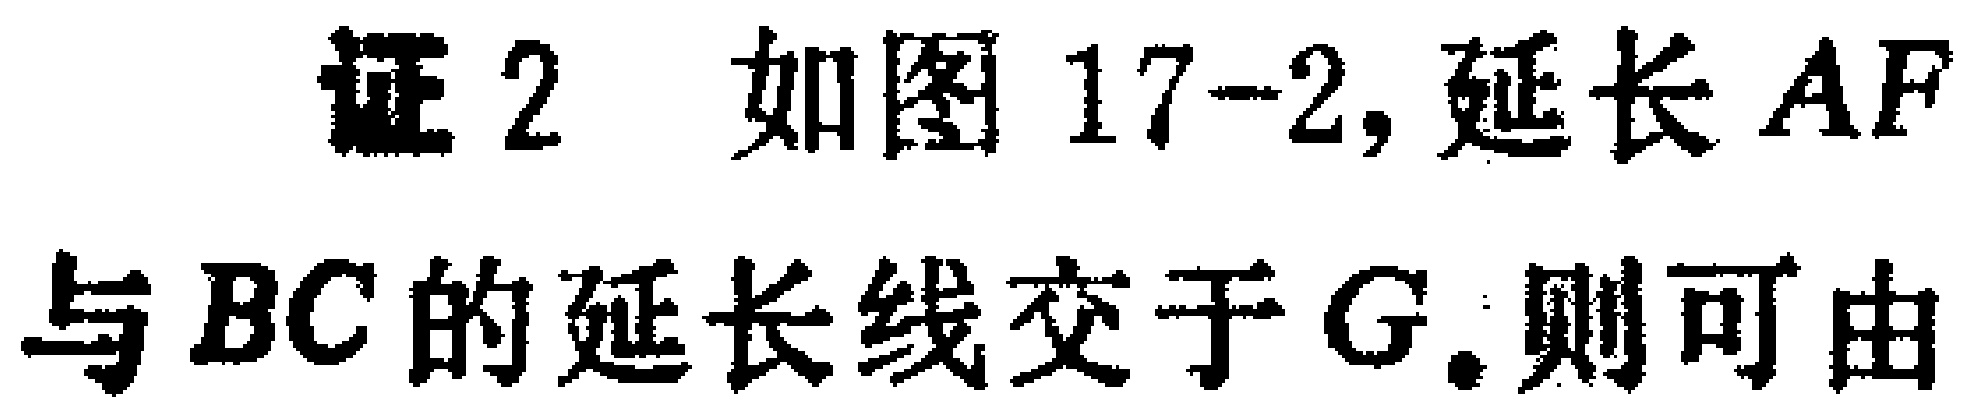
证 2 如图 17-2, 延长 \(AF\) 与 \(BC\) 的延长线交于 \(G\). 则可由